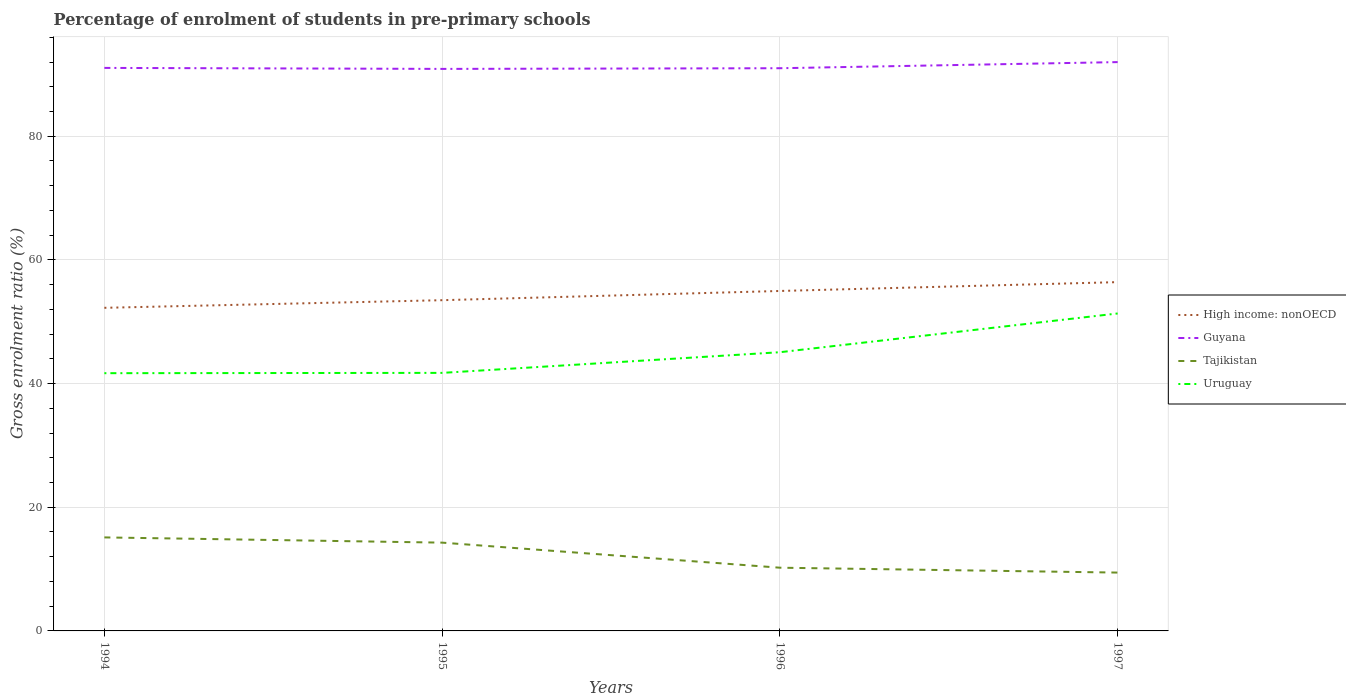
| Years | High income: nonOECD | Guyana | Tajikistan | Uruguay |
 | --- | --- | --- | --- | --- |
 | 1994 | 52.3 | 91.1 | 15.1 | 41.7 |
 | 1995 | 53.5 | 90.9 | 14.3 | 41.7 |
 | 1996 | 55 | 91 | 10.2 | 45.1 |
 | 1997 | 56.4 | 92 | 9.44 | 51.3 |